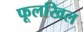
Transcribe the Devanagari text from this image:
फूलखिल